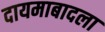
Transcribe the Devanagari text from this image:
दायमाबादला